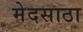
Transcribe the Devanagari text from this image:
मेदसाठा